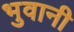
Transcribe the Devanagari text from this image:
भुवानी